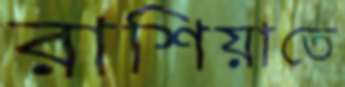
রাশিয়াতে